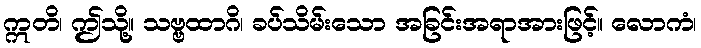
ဣတိ၊ ဤသို့။ သဗ္ဗထာဂိ၊ ခပ်သိမ်းသော အခြင်းအရာအားဖြင့်။ လောကံ၊